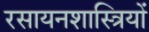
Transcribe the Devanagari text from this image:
रसायनशास्त्रियों